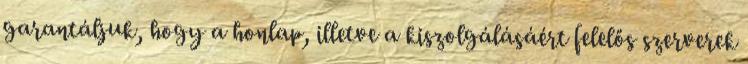
garantáljuk, hogy a honlap, illetve a kiszolgálásáért felelős szerverek